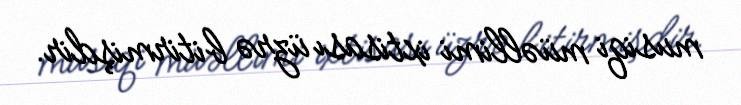
musiqi müəllimi ixtisası üzrə bitirmişdir.